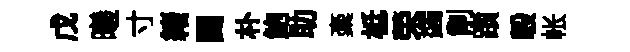
戊曦寸緖闘朴鮑助稾柢荣蠲削躓彀帐